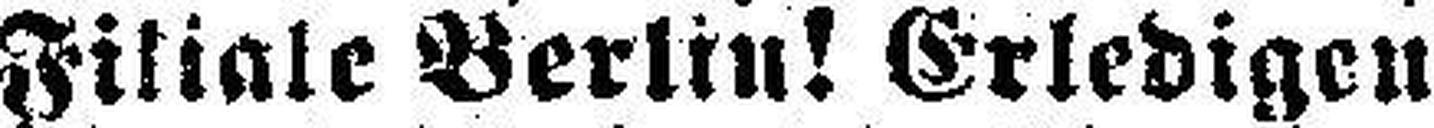
Filiale Berlin! Erledigen